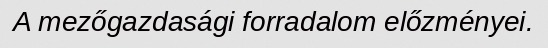
A mezőgazdasági forradalom előzményei.